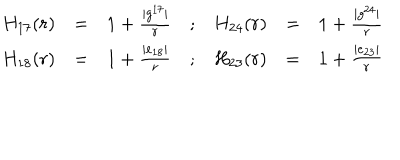
\begin{array} { r c l c r c l } { { H _ { 1 7 } ( r ) } } & { { = } } & { { 1 + \frac { \vert g ^ { 1 7 } \vert } { r } } } & { { ; } } & { { H _ { 2 4 } ( r ) } } & { { = } } & { { 1 + \frac { \vert g ^ { 2 4 } \vert } { r } } } \\ { { H _ { 1 8 } ( r ) } } & { { = } } & { { 1 + \frac { \vert e _ { 1 8 } \vert } { r } } } & { { ; } } & { { H _ { 2 3 } ( r ) } } & { { = } } & { { 1 + \frac { \vert e _ { 2 3 } \vert } { r } } } \\ \end{array}